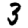
Digit: 3